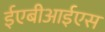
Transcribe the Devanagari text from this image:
ईएबीआईएस